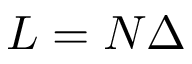
L = N \Delta